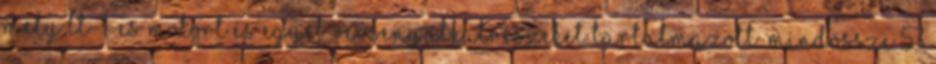
mely LT-1-es motort és egyéb versenyalkatrészeket tartalmazott. Mindössze 53